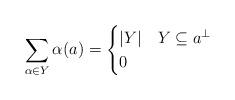
LaTeX: \begin{align*} \sum_{\alpha\in Y}\alpha(a)=\begin{cases} |Y| &Y\subseteq a^\perp\\ 0 & \end{cases}\end{align*}